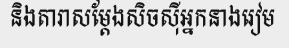
និងតារាសម្តែងសិចស៊ីអ្នកនាងរៀម